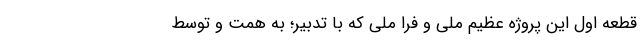
قطعه اوّل این پروژه عظیم ملّی و فرا ملّی که با تدبیر؛ به همت و توسط